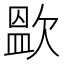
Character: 𭭑